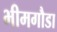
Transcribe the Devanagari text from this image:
भीमगौडा